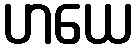
ဟယေ